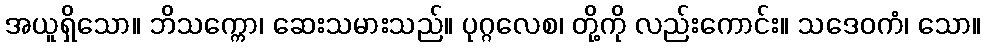
အယူရှိသော။ ဘိသက္ကော၊ ဆေးသမားသည်။ ပုဂ္ဂလေစ၊ တို့ကို လည်းကောင်း။ သဒေဝကံ၊ သော။